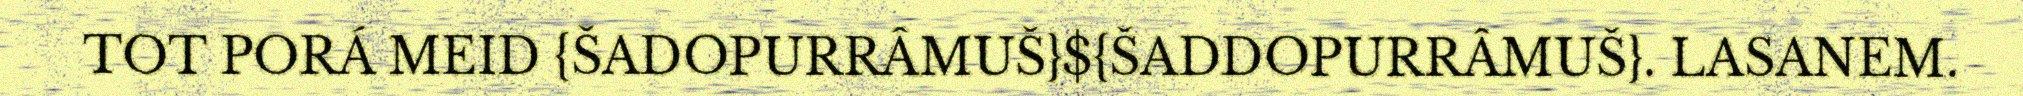
TOT PORÁ MEID {ŠADOPURRÂMUŠ}${ŠADDOPURRÂMUŠ}. LASANEM.